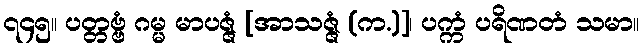
၇၄၅။ ပတ္တဗ္ဗံ ဂမ္မ မာပဇ္ဇံ [အာသဇ္ဇံ (က.)]၊ ပက္ကံ ပရိဏတံ သမာ။